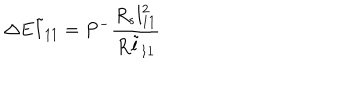
\Delta E \tilde { l } _ { 1 1 } = P ^ { - } \frac { R _ { s } { l } _ { 1 1 } ^ { 2 } } { R \tilde { l } _ { 1 1 } }